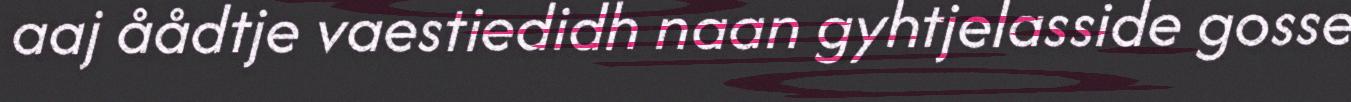
aaj åådtje vaestiedidh naan gyhtjelasside gosse